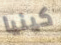
كينيا